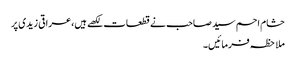
حشام احم سید صاحب نے قطعات لکھے ہیں،عراقی زیدی پر
ملاحظہ فرمائیں۔